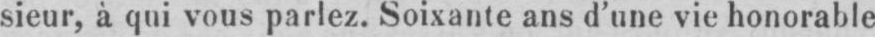
sieur, à qui vous parlez. Soixante ans d’une vie honorable